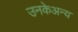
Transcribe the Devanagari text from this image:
उनकेअन्य